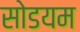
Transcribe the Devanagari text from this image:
सोडयम